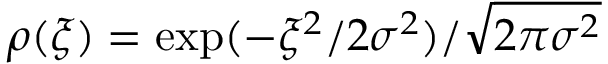
\rho ( \xi ) = \exp ( - \xi ^ { 2 } / 2 \sigma ^ { 2 } ) / \sqrt { 2 \pi \sigma ^ { 2 } }